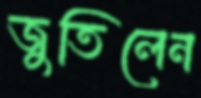
জুতিলেন